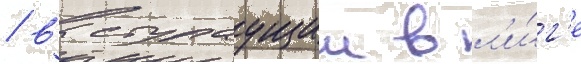
/ выступаущии в л'и́г'е